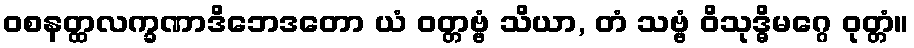
ဝစနတ္ထလက္ခဏာဒိဘေဒတော ယံ ဝတ္တဗ္ဗံ သိယာ, တံ သဗ္ဗံ ဝိသုဒ္ဓိမဂ္ဂေ ဝုတ္တံ။